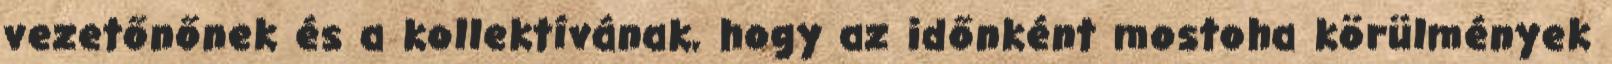
vezetőnőnek és a kollektívának, hogy az időnként mostoha körülmények